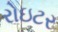
રોઇટર